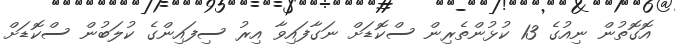
އޮގޮތުން ނިއުގެ 13 ކުޅުންތެރިން ސްކޮޑަށް ނަގާފައިވާ އިރު ސިފައިންގެ ކުލަބުން ސްކޮޑަށް